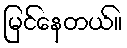
မြင်နေတယ်။